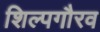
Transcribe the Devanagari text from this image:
शिल्पगौरव